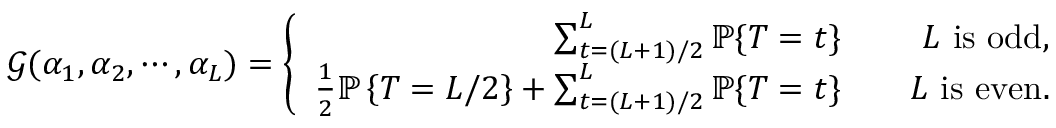
\begin{array} { r } { \mathcal { G } ( \alpha _ { 1 } , \alpha _ { 2 } , \cdots , \alpha _ { L } ) = \left\{ \begin{array} { r l r } { \sum _ { t = ( L + 1 ) / 2 } ^ { L } \mathbb { P } \{ T = t \} } & { } & { L \mathrm { ~ i s ~ o d d } , } \\ { \frac { 1 } { 2 } \mathbb { P } \left\{ T = L / 2 \right\} + \sum _ { t = ( L + 1 ) / 2 } ^ { L } \mathbb { P } \{ T = t \} } & { } & { L \mathrm { ~ i s ~ e v e n } . } \end{array} \right. } \end{array}